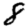
Digit: 8